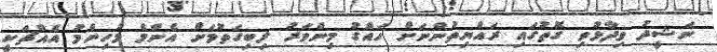
ނަޝީދު ވިދާޅުވި ގޮތުގައި ރައްޔިތުންނަށް ހައްގު މިންވަރު ލިބިގަތުމަށް އެންމެ މުހިންމު އެއްޗަކީ